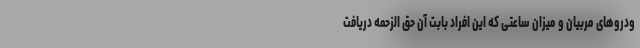
ودروهای مربیان و میزان ساعتی که این افراد بابت آن حق الزحمه دریافت